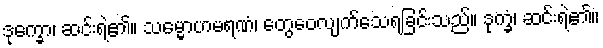
ဒုက္ခော၊ ဆင်းရဲ၏။ သမ္မောဟမရဏံ၊ တွေဝေလျက်သေရခြင်းသည်။ ဒုက္ခံ၊ ဆင်းရဲ၏။